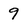
Character: 9